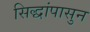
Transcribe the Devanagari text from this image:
सिद्धांपासुन